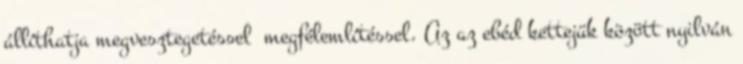
állíthatja megvesztegetéssel megfélemlítéssel. Az az ebéd kettejük között nyilván